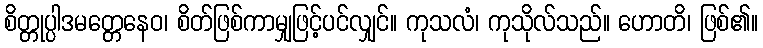
စိတ္တုပ္ပါဒမတ္တေနေဝ၊ စိတ်ဖြစ်ကာမျှဖြင့်ပင်လျှင်။ ကုသလံ၊ ကုသိုလ်သည်။ ဟောတိ၊ ဖြစ်၏။